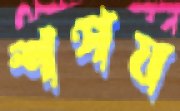
শপয